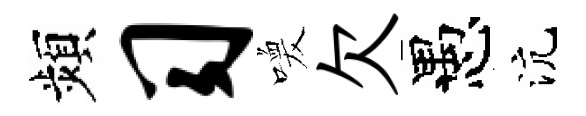
頻习喚欠愚沆